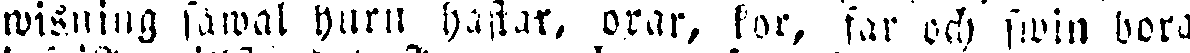
wisning såwal huru hastar, orar, kor, far och swin bora